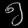
Digit: ၅